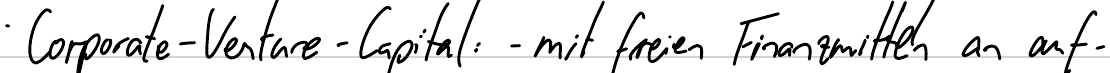
Corporate-Venture-Capital: - mit freien Finanzmitteln an auf-